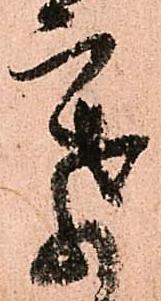
察